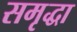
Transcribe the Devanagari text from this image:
समृद्धा